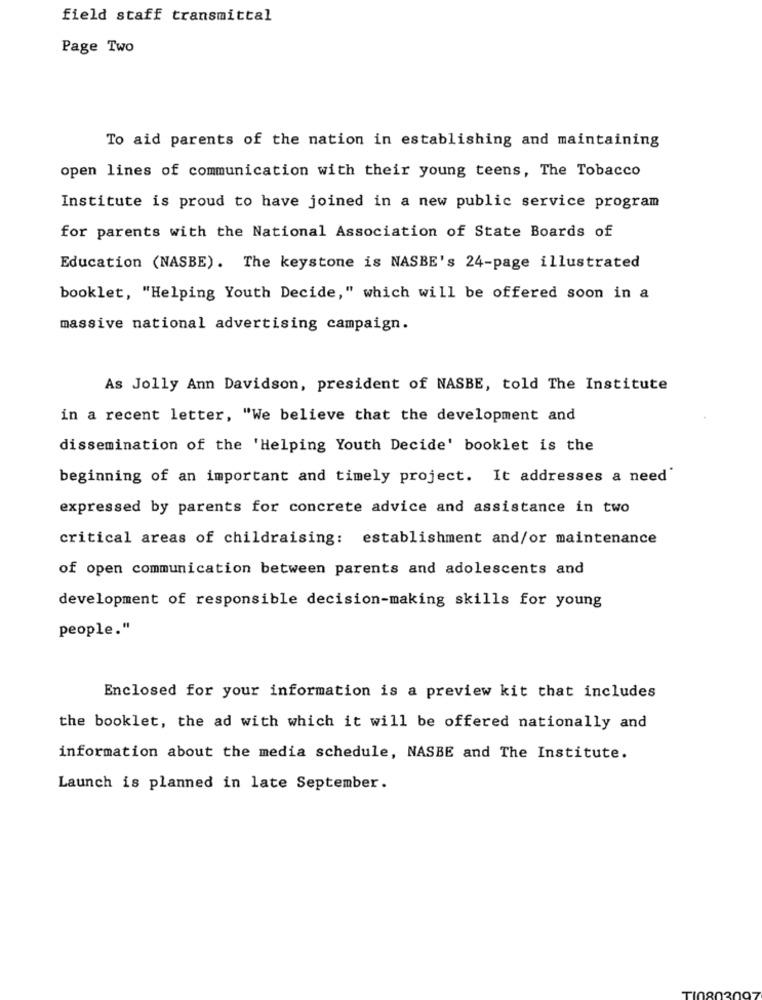
field staff transmittal
Page Two
To aid parents of the nation in establishing and maintaining
open lines of communication with their young teens, The Tobacco
Institute is proud to have joined in a new public service program
for parents with the National Association of State Boards of
Education (NASBE). The keystone is NASBE's 24-page illustrated
booklet, "Helping Youth Decide," which will be offered soon in a
massive national advertising campaign.
As Jolly Ann Davidson, president of NASBE, told The Institute
in a recent letter, "We believe that the development and
dissemination of the 'Helping Youth Decide' booklet is the
beginning of an important and timely project. It addresses a need'
expressed by parents for concrete advice and assistance in two
critical areas of childraising: establishment and/or maintenance
of open communication between parents and adolescents and
development of responsible decision-making skills for young
people."
Enclosed for your information is a preview kit that includes
the booklet, the ad with which it will be offered nationally and
information about the media schedule, NASBE and The Institute.
Launch is planned in late September.